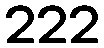
222